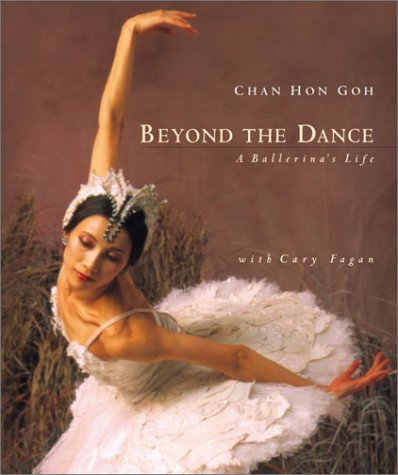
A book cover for Beyond the Dance: A Ballerina's Life; Chan Hon Goh; Teen & Young Adult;